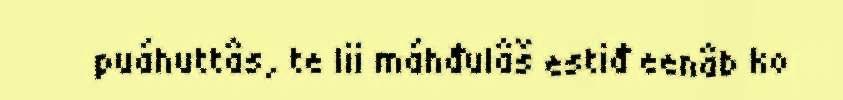
puáhuttâs, te lii máhđulâš estiđ eenâb ko